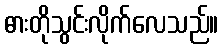
ဓားတိုသွင်းလိုက်လေသည်။